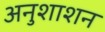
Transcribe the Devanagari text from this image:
अनुशाशन